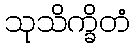
သုသိက္ခိတံ